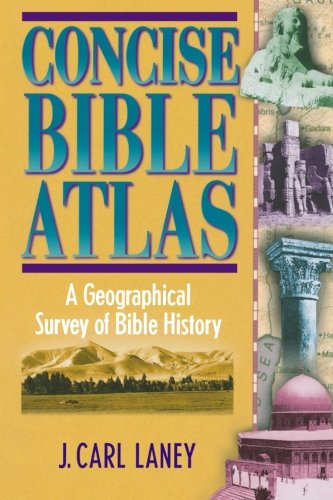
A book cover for Concise Bible Atlas: A Geographical Survey of Bible History; J. Carl Laney; Christian Books & Bibles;